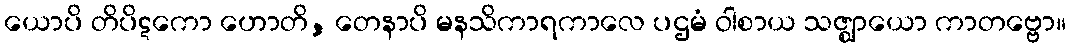
ယောပိ တိပိဋကော ဟောတိ, တေနာပိ မနသိကာရကာလေ ပဌမံ ဝါစာယ သဇ္ဈာယော ကာတဗ္ဗော။